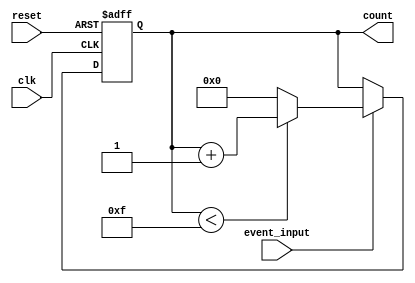
module event_counter (
    input wire clk,            // Clock signal
    input wire reset,          // Active-high reset signal
    input wire event_input,    // Event input signal
    output reg [3:0] count     // 4-bit counter output (0 to 15)
);

    // State transition based on clock and input conditions
    always @(posedge clk or posedge reset) begin
        // Reset condition
        if (reset) begin
            count <= 4'b0000;   // Reset count to 0
        end else begin
            // Increment count on event input rising edge
            if (event_input) begin
                // Check if count has reached maximum value before incrementing
                if (count < 4'b1111) begin
                    count <= count + 1; // Increment count
                end else begin
                    count <= 4'b0000;   // Roll over to 0 if maximum is reached
                end
            end
        end
    end

endmodule